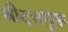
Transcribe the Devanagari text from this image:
श्रीदत्तगुरू